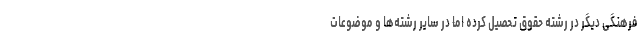
فرهنگی دیگر در رشته حقوق تحصیل کرده اما در سایر رشته‌ها و موضوعات